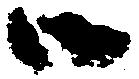
御